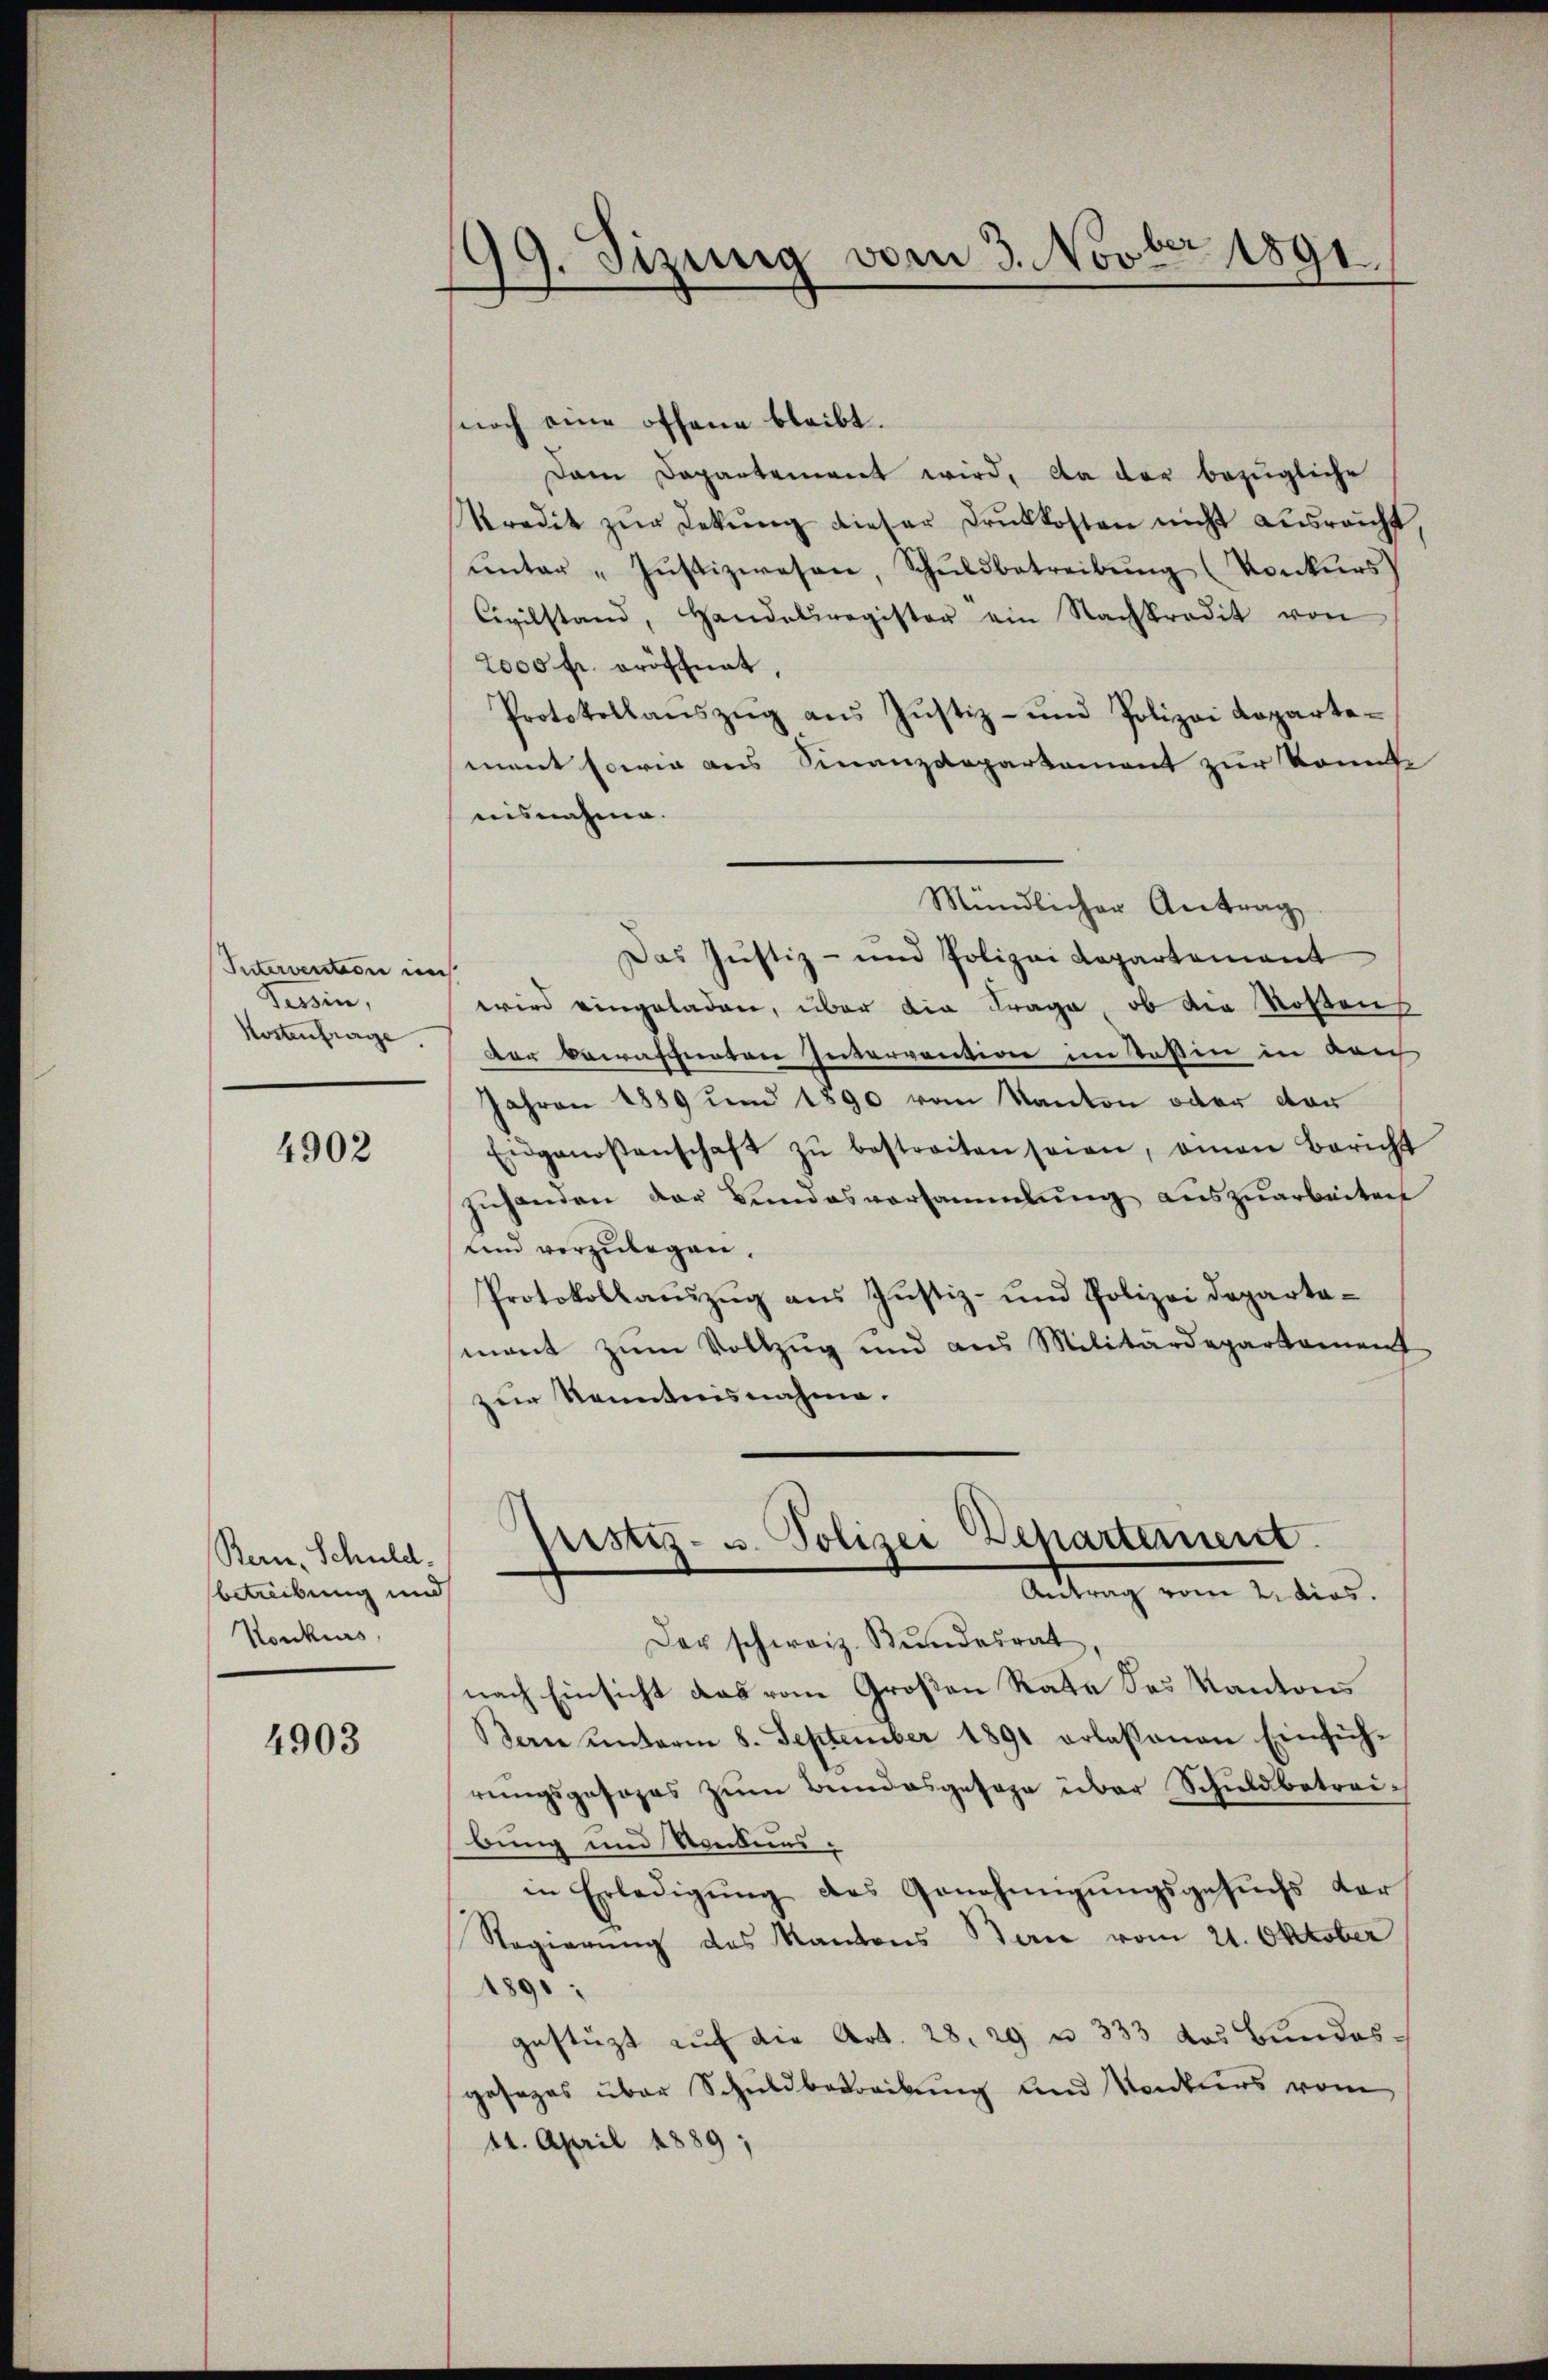
Intervention im
Tessin,
Kostenfrage

4902

Ran, Schuld.
betreibung und
Konkurs,

4903

09. Sizung vom 3. Novber 1891.
.

noch eine offene bleibt.
Dam Departement wird, da der bezügliche
kredit zŭr Lekŭng dieser Druckkosten nicht ausreicht,
ŭnter „Jŭstizwesen, Schŭldbetreibŭng (Vonkŭrs)
Civilstand, Handelsregister ein Nachkredit von
2000 fr. eröffnet,
Protokollanszŭg aŭs Jŭstiz- und Polizei Koparte-
ment sowie aus Finanzdepartement zur konnte
uisnahme.
Mündlicher Antrag
Das Justiz- und Polizei Repartement
wird eingeladen, über die Frage, ob die Rosens
der Bewässenden Intervention im Stoßen in den
Jahren 1889 um 1890 vom Kanton oder der
Eidgenossenschaft zŭ bestreiten seien, omen Bericht
zŭhanden der Bundesvorsammlung aŭszŭarbeiten
und vorzulegen.
Protokollaŭszŭg aŭs Justiz- und Polizei Departa-
mant zum Vollzug und aus Militärdepartament
zur Kenntnisnahme.
Justiz- u. Polizei Departement.
Antrag vom 2. dies.
Der schweiz. Bŭndesrat
nach Einsicht das vom Großen Rate des Kantons
Berne ŭnterm 8. September 1891 erlassenen Einfüh-
rŭngsgesezes zŭm Bundesgesage über Schuldbetreibung und Sondens
in Erledigŭng des Genehmigŭngsgesuchs der
Regierung des Kantons Berne vom 21. Oktober
1895:
gestüzt auf die Art. 28. 29 u. 333 das Bundesgesezes über Schuldbetreibung und Konkurs vom
11. April 1889,